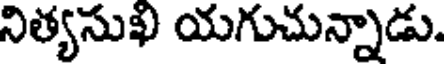
నిత్యసుఖ యగుచున్నాడు.